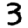
Digit: 3